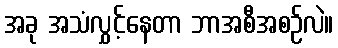
အခု အသံလွှင့်နေတာ ဘာအစီအစဉ်လဲ။